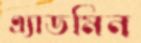
এ্যাডমিন